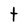
Character: t